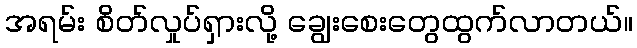
အရမ်း စိတ်လှုပ်ရှားလို့ ချွေးစေးတွေထွက်လာတယ်။